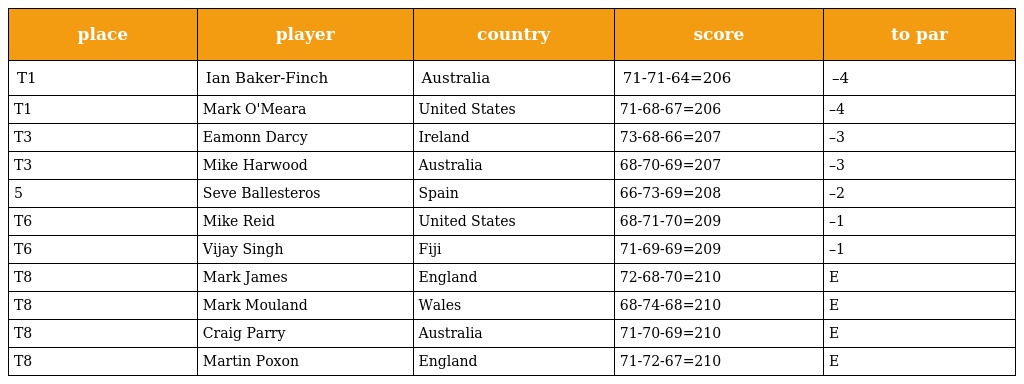
| place | player | country | score | to par |
 | --- | --- | --- | --- | --- |
 | T1 | Ian Baker-Finch | Australia | 71-71-64=206 | –4 |
 | T1 | Mark O'Meara | United States | 71-68-67=206 | –4 |
 | T3 | Eamonn Darcy | Ireland | 73-68-66=207 | –3 |
 | T3 | Mike Harwood | Australia | 68-70-69=207 | –3 |
 | 5 | Seve Ballesteros | Spain | 66-73-69=208 | –2 |
 | T6 | Mike Reid | United States | 68-71-70=209 | –1 |
 | T6 | Vijay Singh | Fiji | 71-69-69=209 | –1 |
 | T8 | Mark James | England | 72-68-70=210 | E |
 | T8 | Mark Mouland | Wales | 68-74-68=210 | E |
 | T8 | Craig Parry | Australia | 71-70-69=210 | E |
 | T8 | Martin Poxon | England | 71-72-67=210 | E |